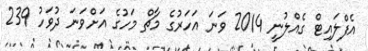
އެފްލައިޓް ގެއްލުނީ 2014 ވަނަ އަހަރުގެ މާޗް މަހުގެ އަށްވަނަ ދުވަހު 239